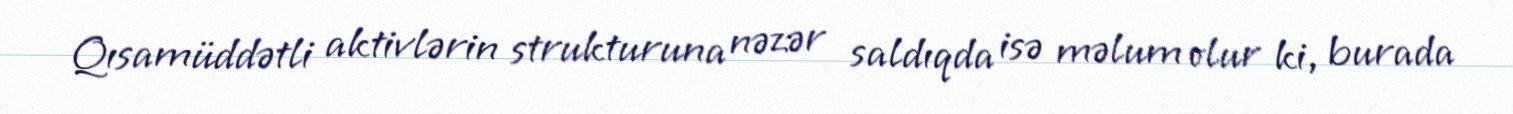
Qısamüddətli aktivlərin strukturuna nəzər saldıqda isə məlum olur ki, burada